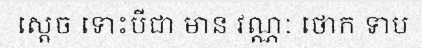
ស្តេច ទោះបីជា មាន វណ្ណៈ ថោក ទាប